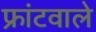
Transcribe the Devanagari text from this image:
फ्रांटवाले